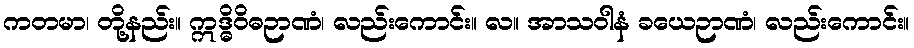
ကတမာ၊ တို့နည်း။ ဣဒ္ဓိဝိဓဉာဏံ၊ လည်းကောင်း။ လ။ အာသဝါနံ ခယေဉာဏံ၊ လည်းကောင်း။